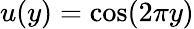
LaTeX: u(y)=\cos(2\pi y)